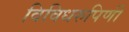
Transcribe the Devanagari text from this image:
विविधरुपिणी